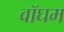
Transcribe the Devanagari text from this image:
वॉघम